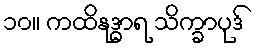
၁၀။ ကထိနုဒ္ဓာရ သိက္ခာပုဒ်